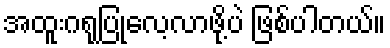
အထူးဂရုပြုလေ့လာဖို့ပဲ ဖြစ်ပါတယ်။